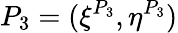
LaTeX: P_{3}=(\xi^{P_{3}},\eta^{P_{3}})